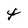
Character: t